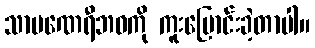
သာမဏေရီဘဝကို ကူးပြောင်းခဲ့တာပါ။